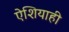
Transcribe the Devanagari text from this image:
ऐशियाही